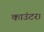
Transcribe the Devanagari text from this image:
काउंटर।